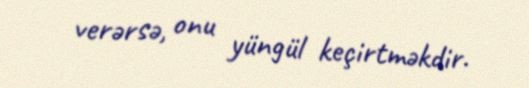
verərsə, onu yüngül keçirtməkdir.